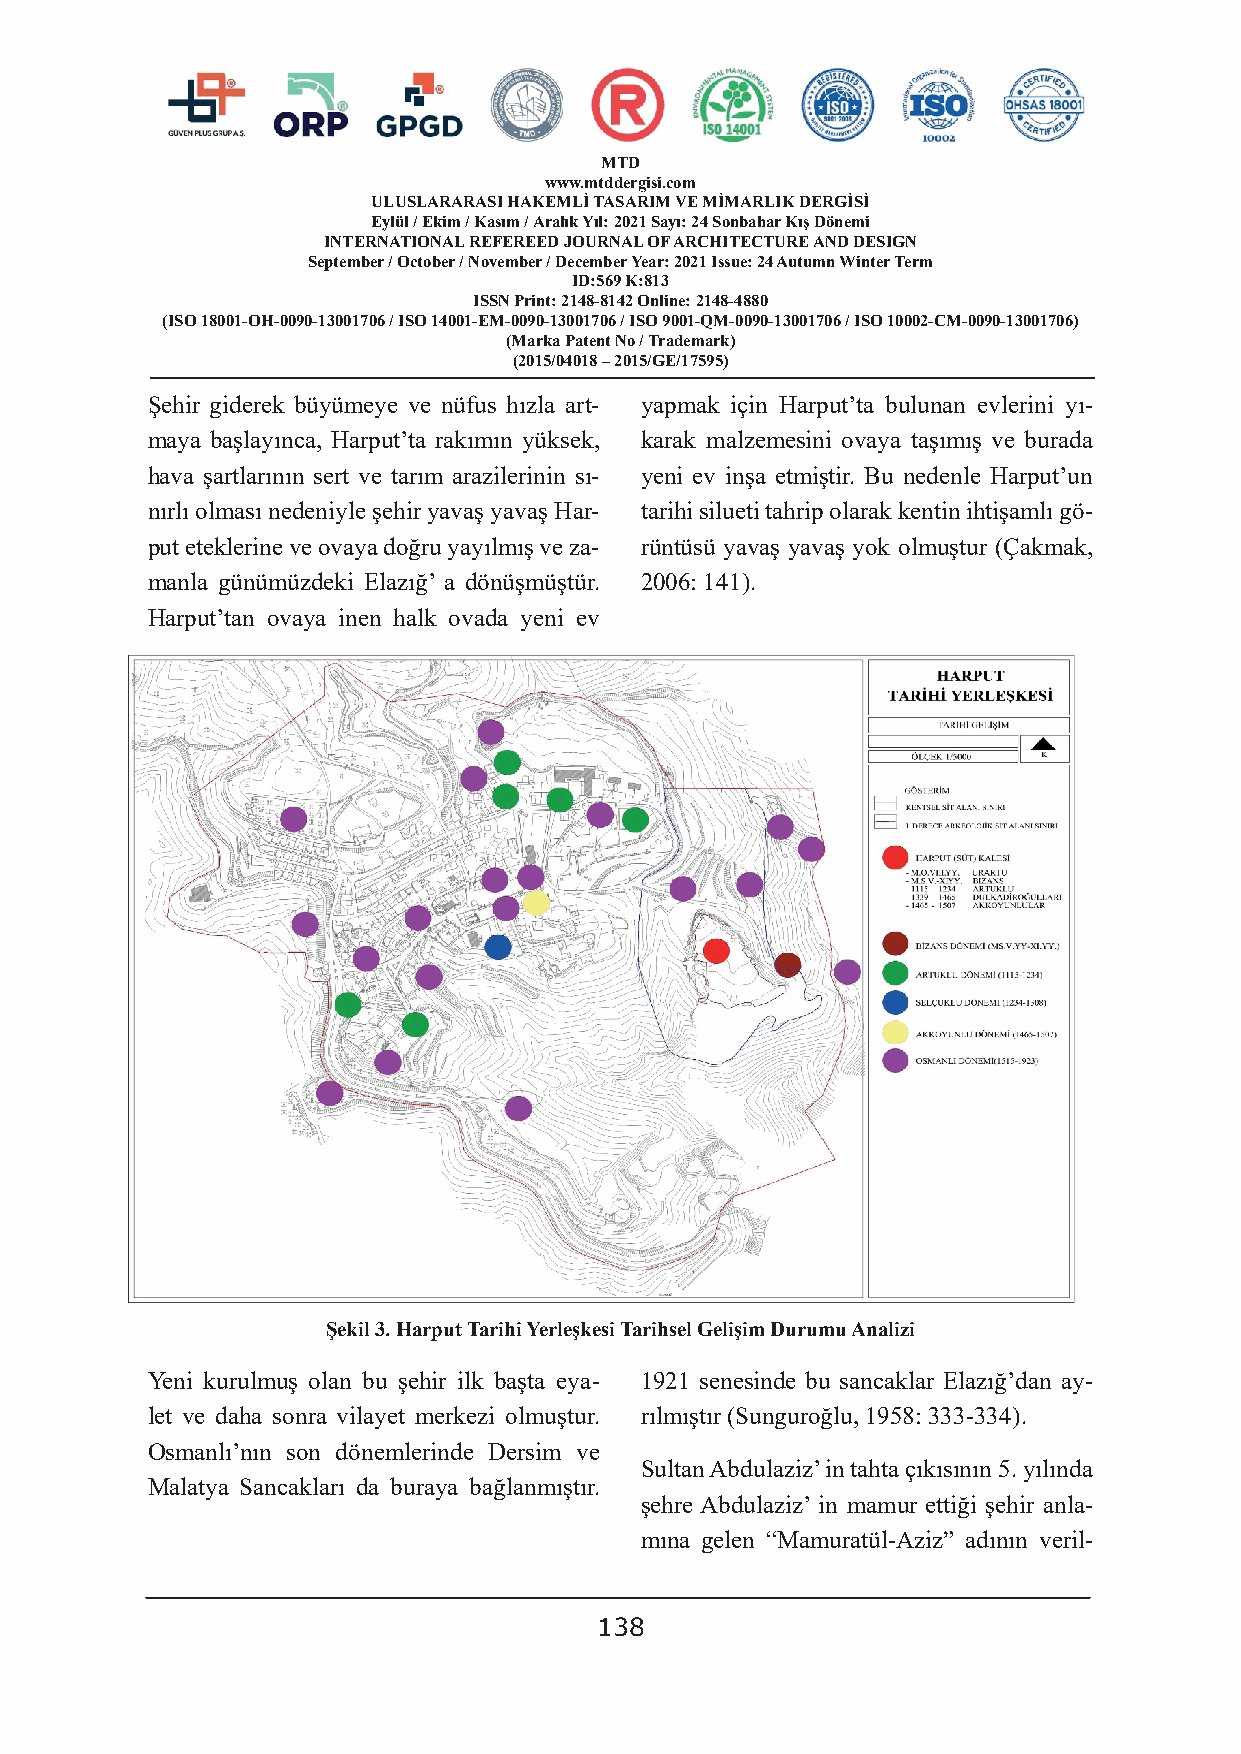
MTD
 www.mtddergisi.com
 ULUSLARARASI HAKEMLİ TASARIM VE MİMARLIK DERGİSİ
 Eylül / Ekim / Kasım / Aralık Yıl: 2021 Sayı: 24 Sonbahar Kış Dönemi
 INTERNATIONAL REFEREED JOURNAL OF ARCHITECTURE AND DESIGN
 September / October / November / December Year: 2021 Issue: 24 Autumn Winter Term
 ID:569 K:813
 ISSN Print: 2148-8142 Online: 2148-4880
 (ISO 18001-OH-0090-13001706 / ISO 14001-EM-0090-13001706 / ISO 9001-QM-0090-13001706 / ISO 10002-CM-0090-13001706)
 (Marka Patent No / Trademark)
 (2015/04018 – 2015/GE/17595)
 Şehir giderek büyümeye ve nüfus hızla art- yapmak için Harput’ta bulunan evlerini yı-
 maya başlayınca, Harput’ta rakımın yüksek, karak malzemesini ovaya taşımış ve burada
 hava şartlarının sert ve tarım arazilerinin sı- yeni ev inşa etmiştir. Bu nedenle Harput’un
 nırlı olması nedeniyle şehir yavaş yavaş Har- tarihi silueti tahrip olarak kentin ihtişamlı gö-
 put eteklerine ve ovaya doğru yayılmış ve za- rüntüsü yavaş yavaş yok olmuştur (Çakmak,
 manla günümüzdeki Elazığ’ a dönüşmüştür. 2006: 141).
 Harput’tan ovaya inen halk ovada yeni ev
 Şekil 3. Harput Tarihi Yerleşkesi Tarihsel Gelişim Durumu Analizi
 Yeni kurulmuş olan bu şehir ilk başta eya- 1921 senesinde bu sancaklar Elazığ’dan ay-
 let ve daha sonra vilayet merkezi olmuştur. rılmıştır (Sunguroğlu, 1958: 333-334).
 Osmanlı’nın son dönemlerinde Dersim ve
 Sultan Abdulaziz’ in tahta çıkısının 5. yılında
 Malatya Sancakları da buraya bağlanmıştır.
 şehre Abdulaziz’ in mamur ettiği şehir anla-
 mına gelen “Mamuratül-Aziz” adının veril-
 138